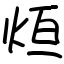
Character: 烜